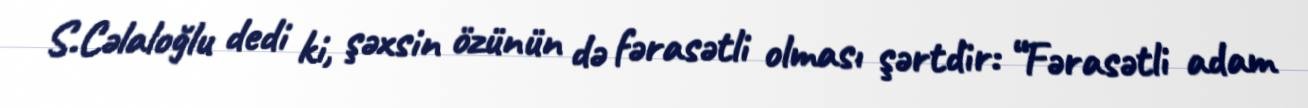
S.Cəlaloğlu dedi ki, şəxsin özünün də fərasətli olması şərtdir: “Fərasətli adam